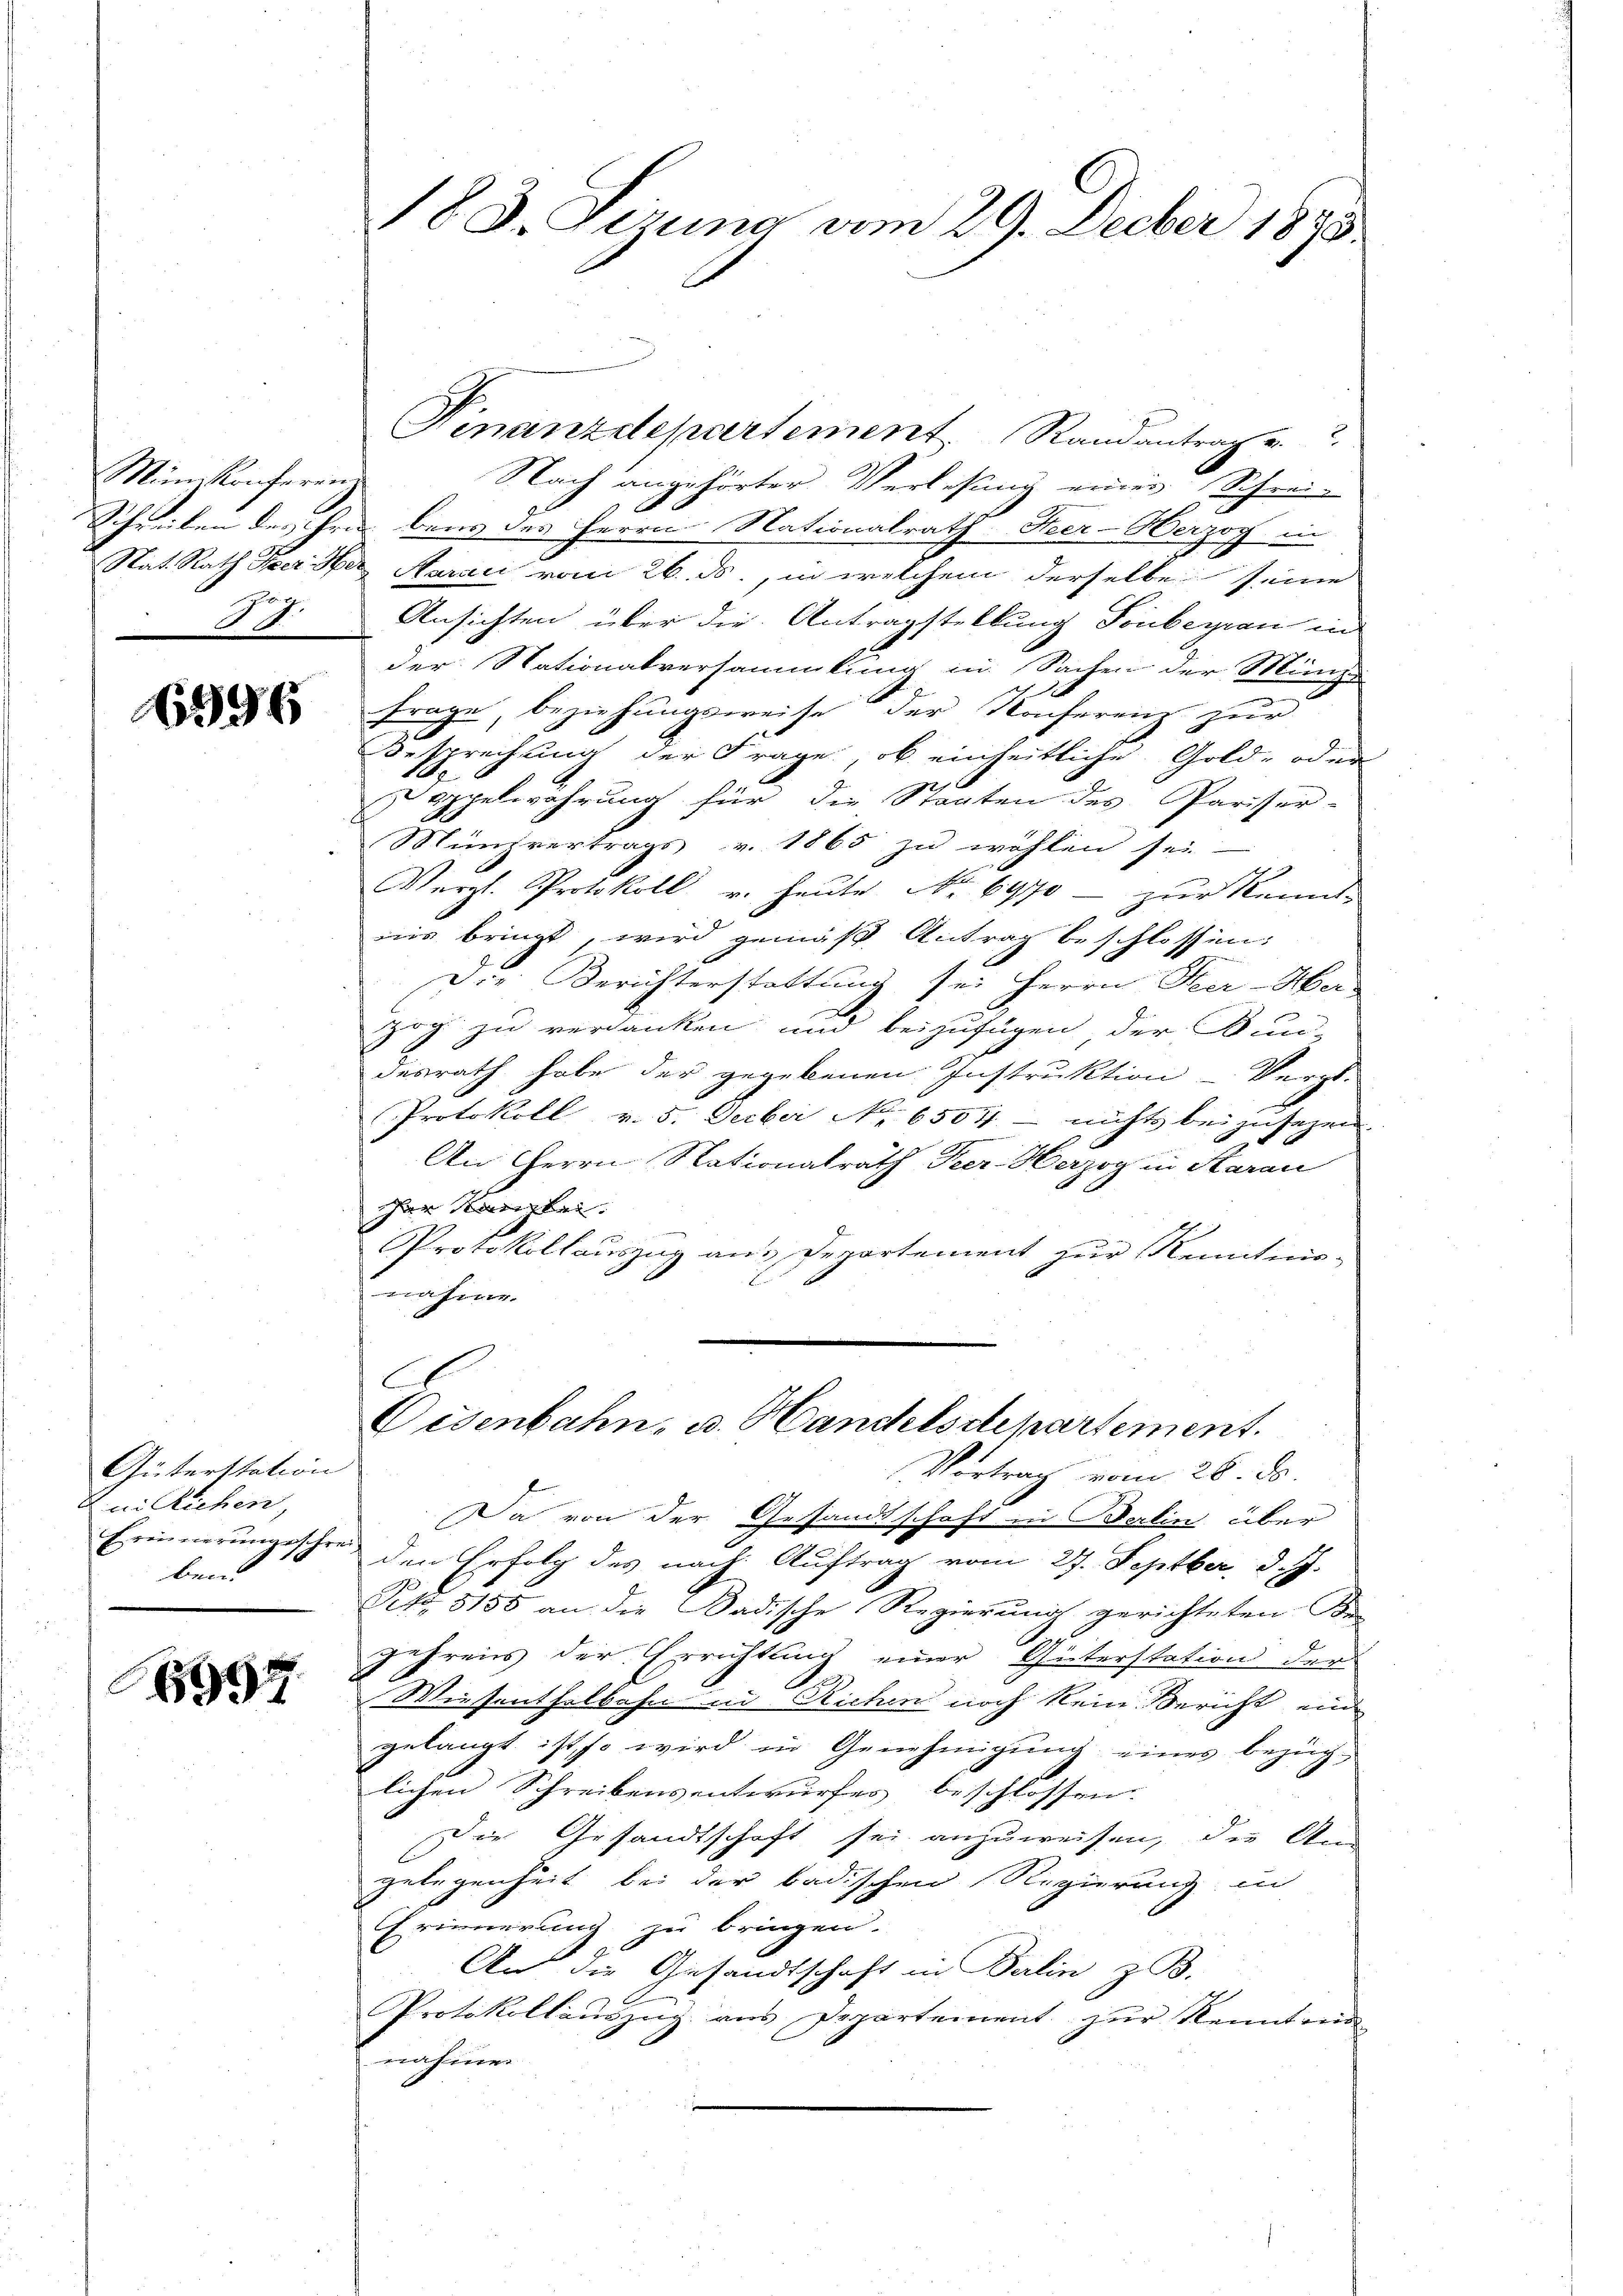
Mün. Konferein
7.
24.

6996

Güterstation
nn Richen,
ben.

6997

18. d. Girung vom 29. Decber 1895

Finanzdepartement, Randantrag u.
Nach angehörter Verlesung einer Schrei-
Schreiben des Hrn. bens des Herrn Nationalrath Heer-Herzog in
Nat. Rath Peer Her Narac vom 26. ds., in welchem derselbe seine
Ansichten über die Antragstellung Tonbegien in
der Nationalversammlung in Sachen der Minist
frage, beziehungsweise der Konferenz zur
Besprechung der Frage, ob einheitliche Gold- oder
Doppelwährung für die Staaten des Pariser-
Münzvertrags v. 1865 zu wohlen sei.
Verzl. Protokoll u. heute No 6970 - zur Kennt-
nis bringt, wird gemäß Antrag beschlossen:
Die Berichterstattung sei Herrn Seer-Her-
Zog zu verdanken und beizufügen der Bun-
desrath habe der gegebenen Instruktion Vergl.
Protokoll v. 5. Decber No 6504 - nichts bei zusagen.
An Herrn Nationalrath Peer-Herzog in Aarau
er Karigkei
Protokollauszug aus Departement zur Kenntnis-
nahme.
A
Eisenbahn, u. Handelsdepartement.
Vortrag vom 28. ds.
Da von der Gesandtschaft in Berlin über
Erinnerungsschrei den Erfolg des nach Auftrag vom 27. Septber d. J.
Pct. 5158 an die Badische Regierung gerichteten Be
gehrens der Errichtung einer Güterstation der
Wiesenthalbahn in Richen noch kein Bericht ein
gelangt ist, so wird in Genehmigŭng eines bezüglichen Schreibensentwurfes beschlossen
Die Gesandtschaft sei anzuweisen, die Ans
gelegenheit bei der badischen Regierung in
Erinnerung zu bringen.
An die Gesandtschaft in Balin z. B.
Protokollauszug aus Departement zur Kenntend
nahmen